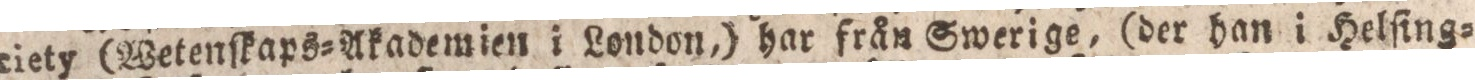
ciety (Wetenſkaps= Akademien i London,) har från Swerige, (der han i Helſing=